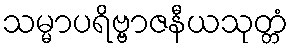
သမ္မာပရိဗ္ဗာဇနီယသုတ္တံ